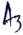
Text: A3